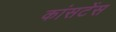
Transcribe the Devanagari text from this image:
कांसटेंस